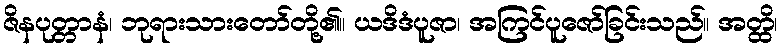
ဇိနပုတ္တာနံ၊ ဘုရားသားတော်တို့၏။ ယဒိဒံပူဇာ၊ အကြင်ပူဇော်ခြင်းသည်။ အတ္ထိ၊